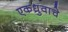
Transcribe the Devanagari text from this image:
एकध्रुवाचे